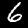
Label: 6